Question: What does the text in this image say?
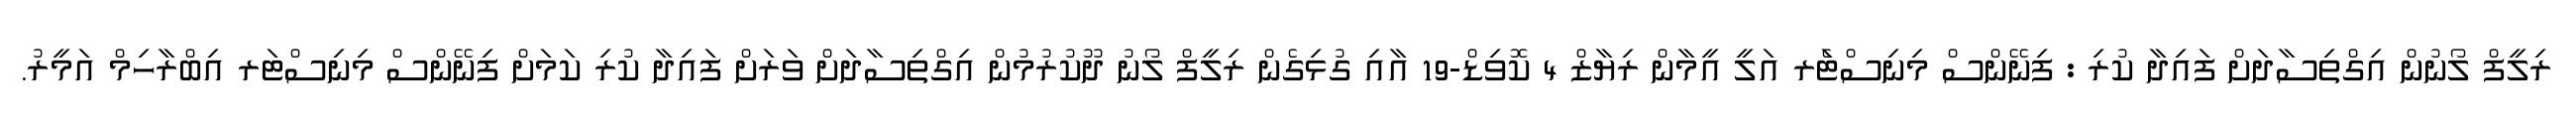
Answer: ރިލީފް ލޯނުން އިގްތިސާދަށް ފައިދާ ކުރި : ފިނޭންސް މިނިސްޓަެރ އަލީ އީމާން ރިޔާޒް 4 ކޮވިޑް-19 އާއި ގުޅިގެން ރިލީފް ލޯނު ދޫކުރުމުން އިގްތިސާދަށް ވަރަށް ފައިދާ ކުރި ކަމަށް ފިނޭންސް މިނިސްޓަރ އިބްރާހިމް އަމީރު.